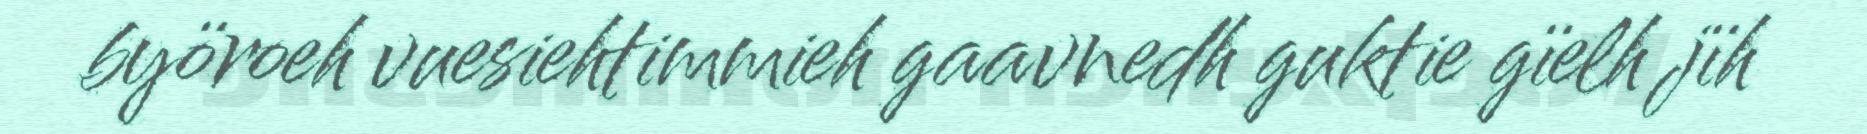
byöroeh vuesiehtimmieh gaavnedh guktie gïelh jïh